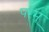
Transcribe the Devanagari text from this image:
परमू